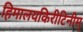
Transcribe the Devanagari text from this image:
हिमालयकिरीटिनीम्